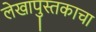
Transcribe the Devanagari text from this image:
लेखापुस्तकाचा